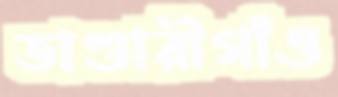
ভাণ্ডারীগাঁও